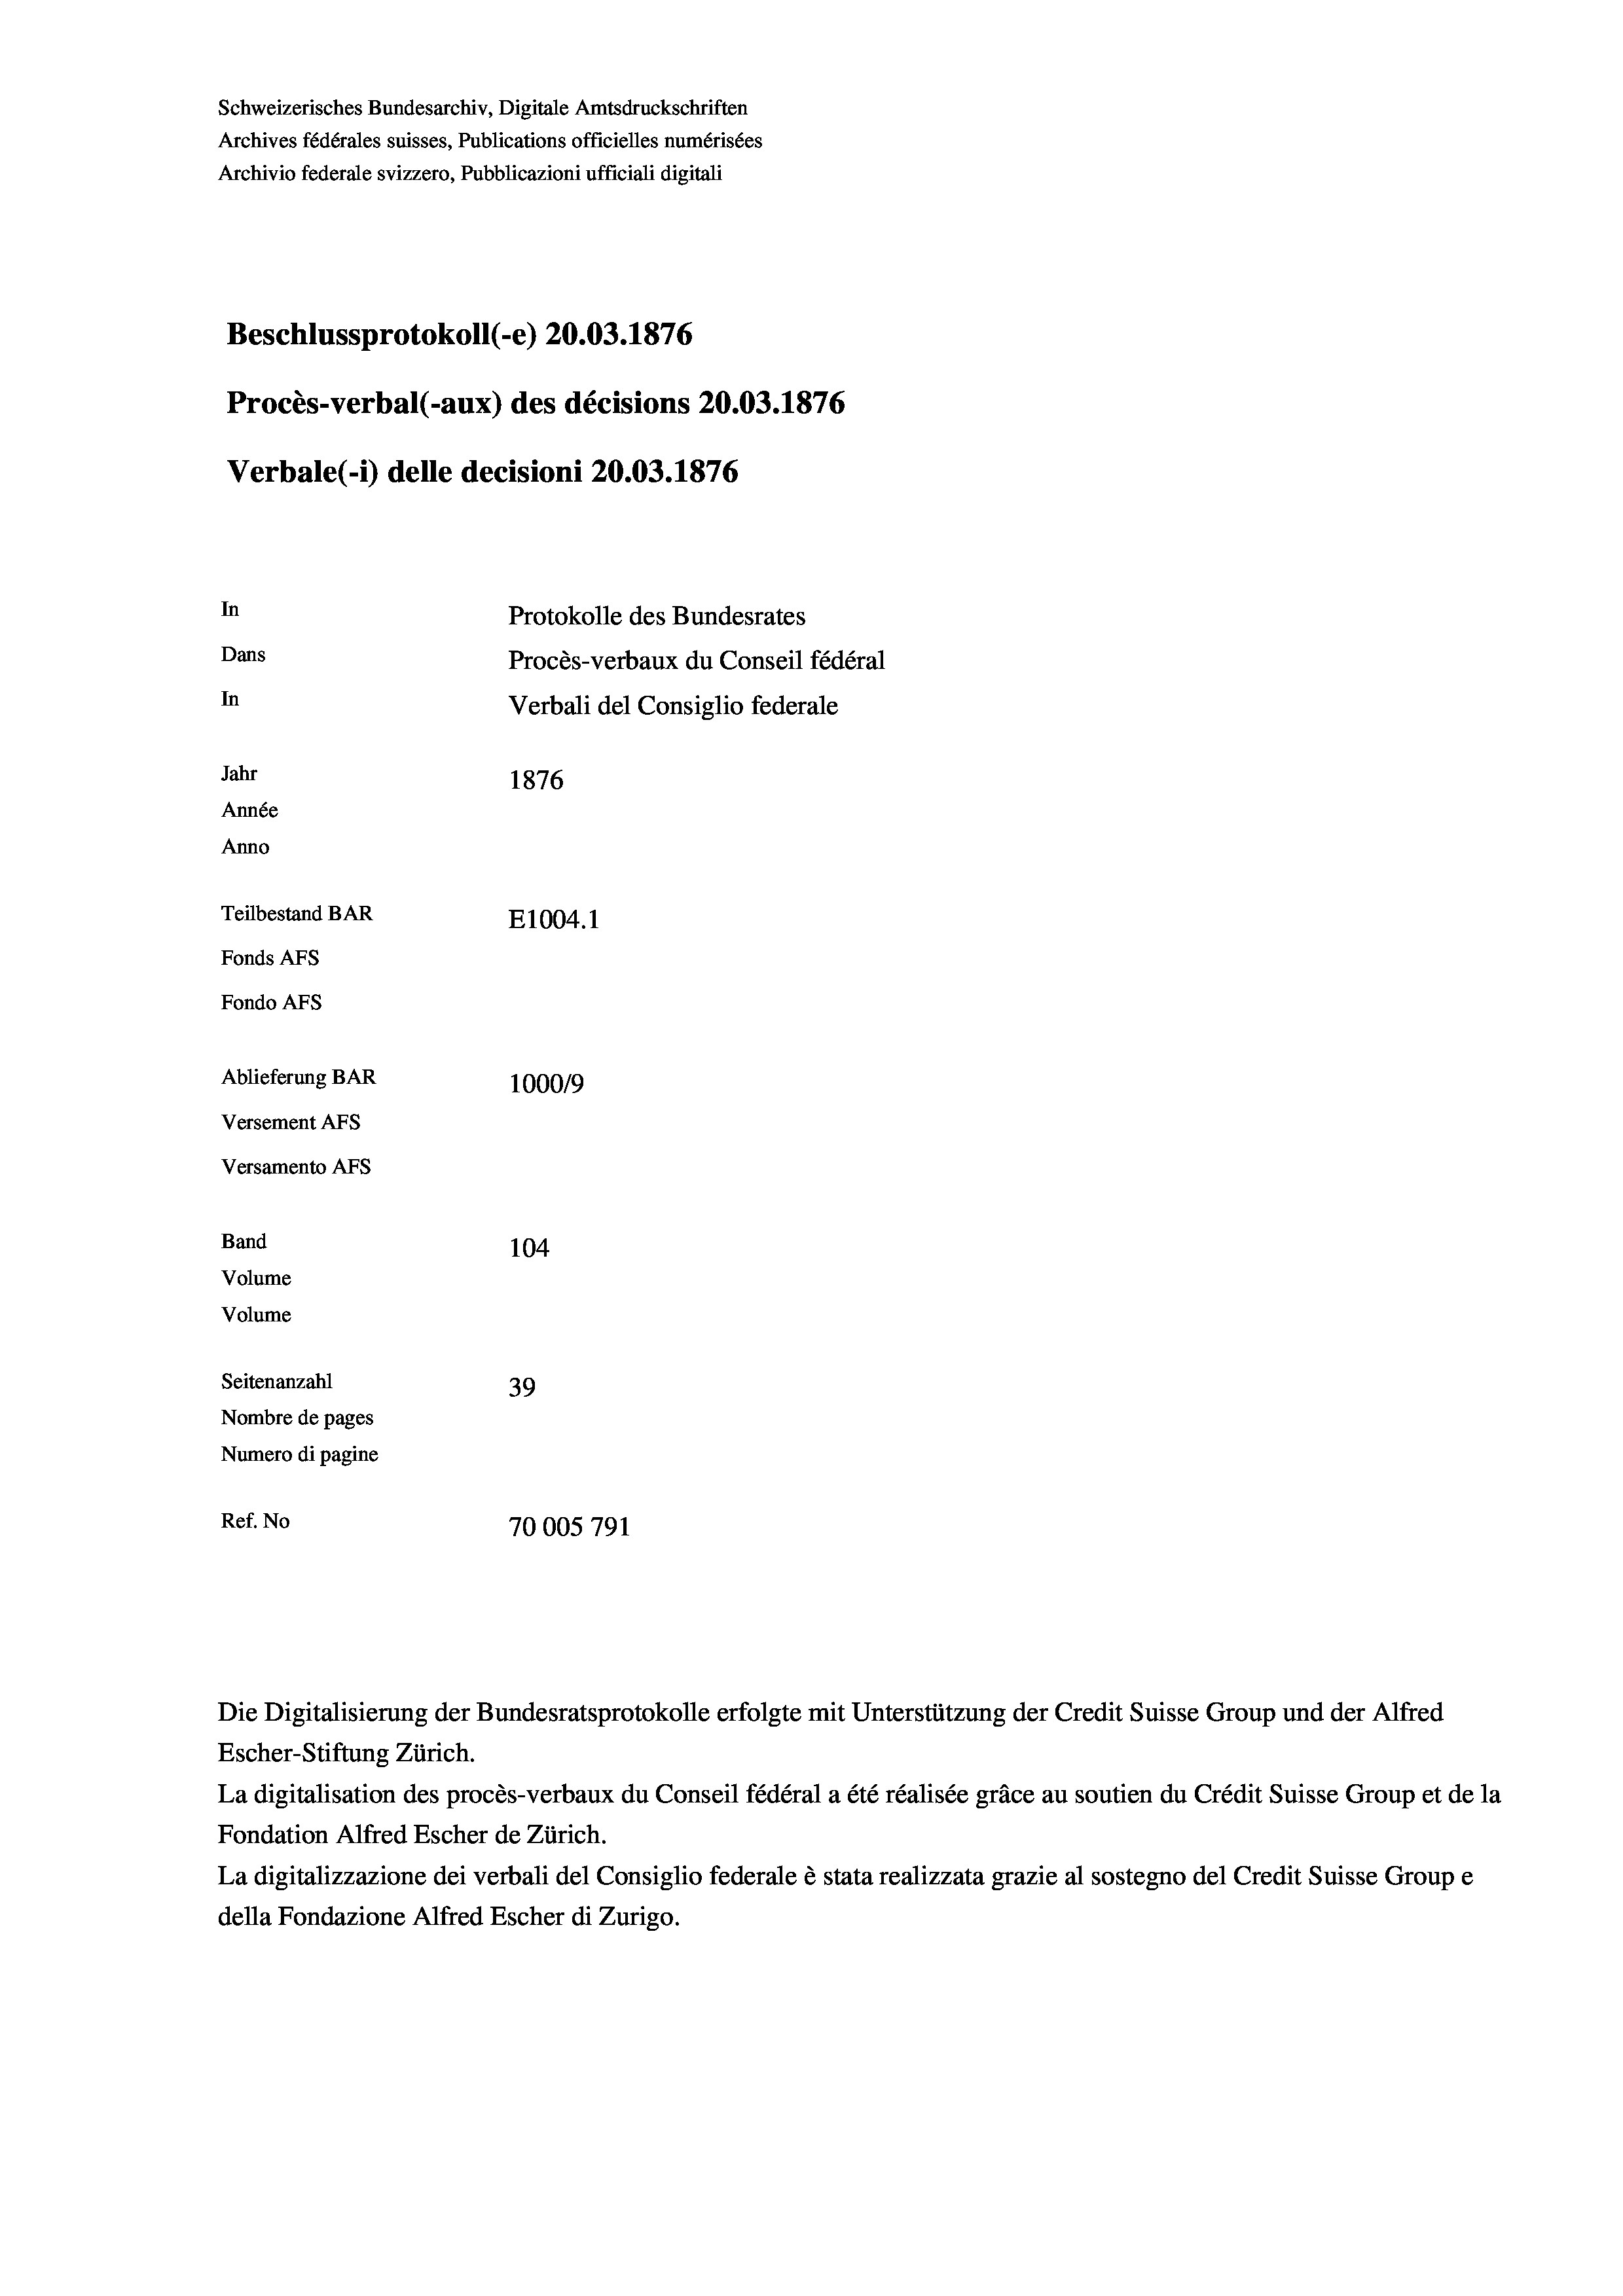
Schweizerisches Bundesarchiv, Digitale Amtsdruckschriften
Archives fédérales suisses, Publications officielles numérisées
Archivio federale svizzero, Pubblicazioni ufficiali digitali
Beschlussprotokoll (-e) 20.03. 1876
Procès-verbal (-aux) des décisions 20.03. 1876
Verbale (- 1) delle decisioni 20.03. 1876
In
Protokolle des Bundesrates
Dans
Procès-verbaux du Conseil fédéral
In
Verbali del Consiglio federale
Jahr
1876
Année
Anno
Teilbestand BAR
E1004.1
Fonds AFs
Fondo AFs
Ablieferung BAR
1000/9
Versement Abs
Versamento Afs
Band
104
Volume
Volume
Seitenanzahl
39
Nombre de pages
Numero di pagine
Ref. No
70005 791

Escher-Stiftung Zürich.
La digitalisation des procès-verbaux du Conseil fédéral a été réalisée gräce au soutien du Crédit Suisse Group et de la
Fondation Alfred Escher de Zürich.
La digitalizzazione dei verbali del Consiglio federale è stata realizzata grazie al sostegno del Credit Suisse Groupe
della Fondazione Alfred Escher di Zurigo.

Die Digitalisierung der Bundesratsprotokolle erfolgte mit Unterstützung der Credit Suisse Group und der Alfred